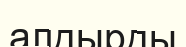
алдырды